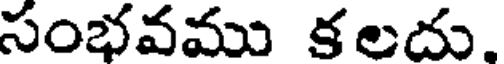
సంభవము కలదు,